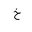
Letter: _kha